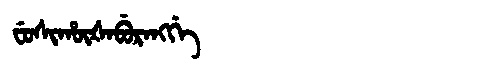
Manchu: ᠸᡠᠰᡳᡥᡡᡧᠠᠪᡠᡵᠠᠩᡤᡝ
Romanization: FUSIHŪŠABURANGGE